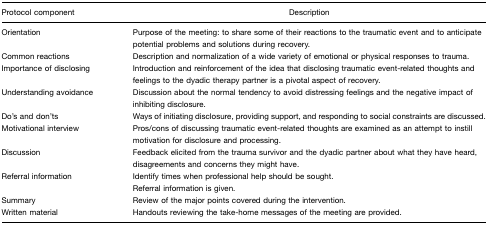
<table><thead><tr><td><b>Protocol component</b></td><td><b>Description</b></td></tr></thead><tbody><tr><td>Orientation</td><td>Purpose of the meeting: to share some of their reactions to the traumatic event and to anticipate potential problems and solutions during recovery.</td></tr><tr><td>Common reactions</td><td>Description and normalization of a wide variety of emotional or physical responses to trauma.</td></tr><tr><td>Importance of disclosing</td><td>Introduction and reinforcement of the idea that disclosing traumatic event-related thoughts and feelings to the dyadic therapy partner is a pivotal aspect of recovery.</td></tr><tr><td>Understanding avoidance</td><td>Discussion about the normal tendency to avoid distressing feelings and the negative impact of inhibiting disclosure.</td></tr><tr><td>Do&#x27;s and don&#x27;ts</td><td>Ways of initiating disclosure, providing support, and responding to social constraints are discussed.</td></tr><tr><td>Motivational interview</td><td>Pros/cons of discussing traumatic event-related thoughts are examined as an attempt to instill motivation for disclosure and processing.</td></tr><tr><td>Discussion</td><td>Feedback elicited from the trauma survivor and the dyadic partner about what they have heard, disagreements and concerns they might have.</td></tr><tr><td>Referral information</td><td>Identify times when professional help should be sought.</td></tr><tr><td></td><td>Referral information is given.</td></tr><tr><td>Summary</td><td>Review of the major points covered during the intervention.</td></tr><tr><td>Written material</td><td>Handouts reviewing the take-home messages of the meeting are provided.</td></tr></tbody></table>